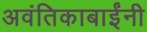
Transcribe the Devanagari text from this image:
अवंतिकाबाईंनी